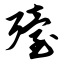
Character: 殪